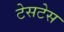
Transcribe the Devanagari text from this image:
टेसटेस